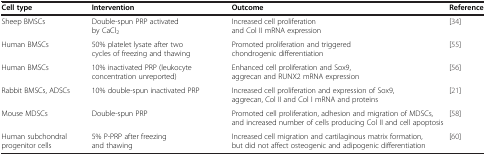
<table><thead><tr><td><b>Cell type</b></td><td><b>Intervention</b></td><td><b>Outcome</b></td><td><b>Reference</b></td></tr></thead><tbody><tr><td>Sheep BMSCs</td><td>Double-spun PRP activated by CaCl<sub>2</sub></td><td>Increased cell proliferation and Col II mRNA expression</td><td>[34]</td></tr><tr><td>Human BMSCs</td><td>50% platelet lysate after two cycles of freezing and thawing</td><td>Promoted proliferation and triggered chondrogenic differentiation</td><td>[55]</td></tr><tr><td>Human BMSCs</td><td>10% inactivated PRP (leukocyte concentration unreported)</td><td>Enhanced cell proliferation and Sox9, aggrecan and RUNX2 mRNA expression</td><td>[56]</td></tr><tr><td>Rabbit BMSCs, ADSCs</td><td>10% double-spun inactivated PRP</td><td>Increased cell proliferation and expression of Sox9, aggrecan, Col II and Col I mRNA and proteins</td><td>[21]</td></tr><tr><td>Mouse MDSCs</td><td>Double-spun PRP</td><td>Promoted cell proliferation, adhesion and migration of MDSCs, and increased number of cells producing Col II and cell apoptosis</td><td>[58]</td></tr><tr><td>Human subchondral progenitor cells</td><td>5% P-PRP after freezing and thawing</td><td>Increased cell migration and cartilaginous matrix formation, but did not affect osteogenic and adipogenic differentiation</td><td>[60]</td></tr></tbody></table>